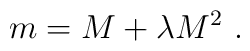
m=M + \lambda M^2~.